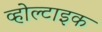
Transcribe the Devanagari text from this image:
व्होल्टाइक